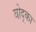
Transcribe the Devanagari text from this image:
वोद्का